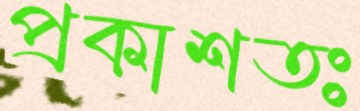
প্রকাশতঃ